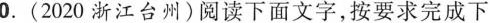
0.(2020浙江台州)阅读下面文字，按要求完成下